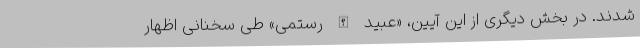
شدند. در بخش دیگری از این آیین، «عبید الله رستمی» طی سخنانی اظهار